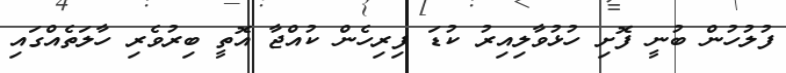
ފުލުހުން ބުނީ ފޮށި ހުޅުވާލިއިރު ކުޑަ ފިރިހެން ކުއްޖާ އޮތީ ބިރުވެރި ހާލަތެއްގައި